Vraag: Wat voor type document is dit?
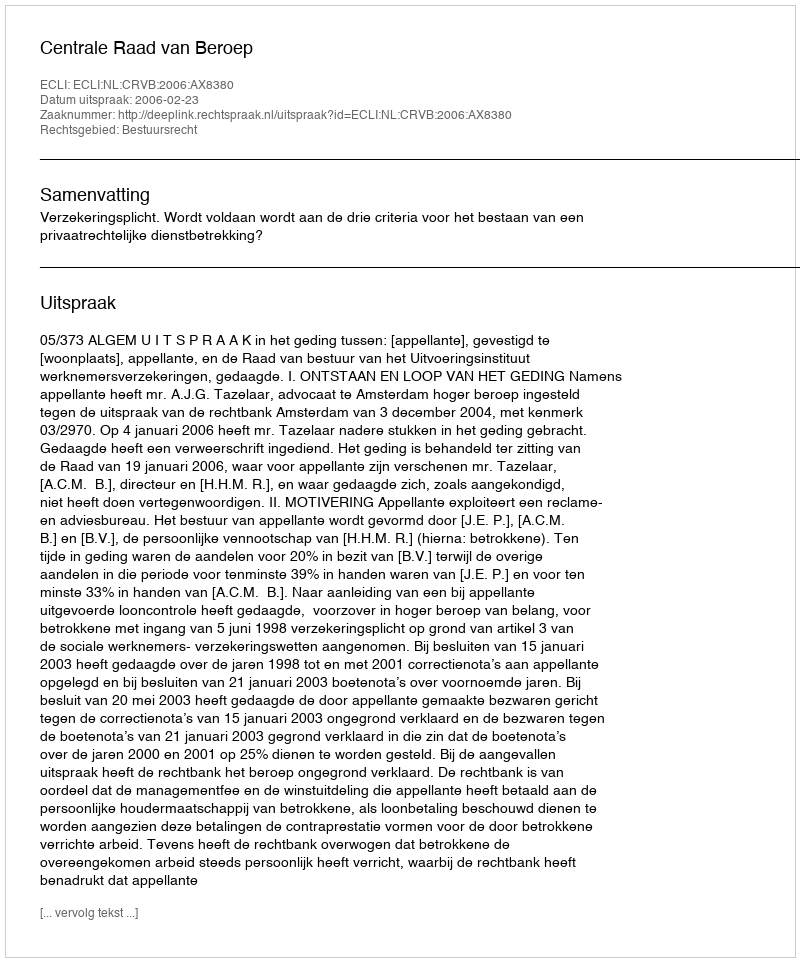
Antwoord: Uitspraak